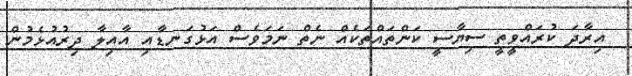
އިރާދަ ކުރައްވީތީ ސިޔާސީ ކަންތައްތަކެއް ނެތް ނަމަވެސް އަޅުގަނޑާއި އާއިލާ ދިރުއުޅެމުން